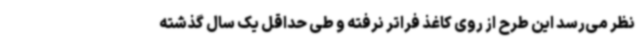
نظر می‌رسد این طرح از روی کاغذ فراتر نرفته و طی حداقل یک سال گذشته